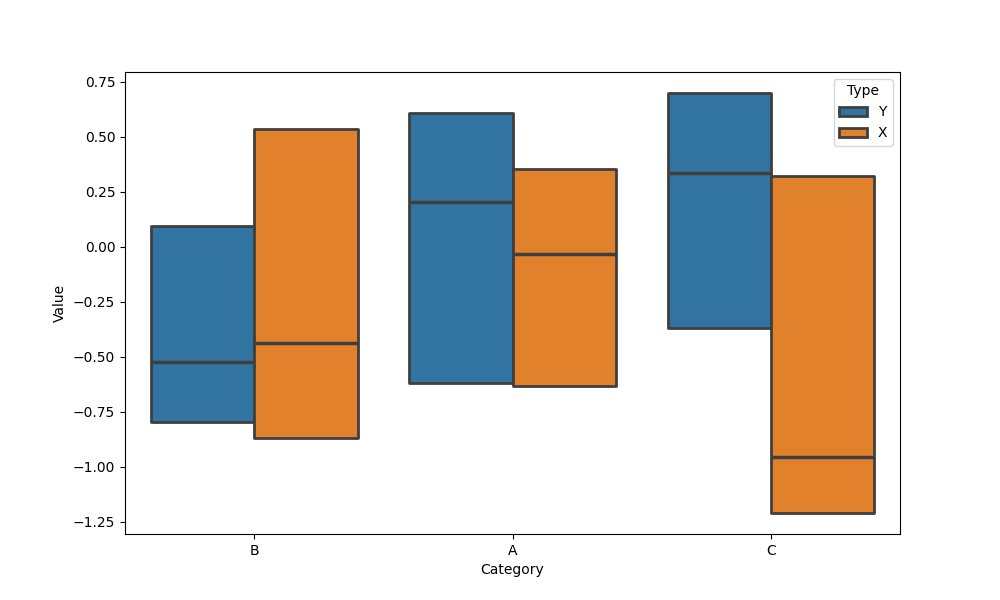
python, seaborn, boxenplot, k_depth='tukey', linewidth=2, scale='exponential', outlier_prop=0.1, showfliers=False